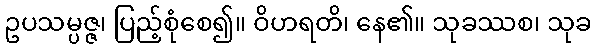
ဥပသမ္ပဇ္ဇ၊ ပြည့်စုံစေ၍။ ဝိဟရတိ၊ နေ၏။ သုခဿစ၊ သုခ